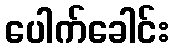
ပေါက်ခေါင်း